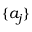
\{ a _ { j } \}